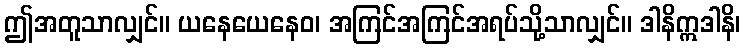
ဤအတူသာလျှင်။ ယနေယေနေဝ၊ အကြင်အကြင်အရပ်သို့သာလျှင်။ ဒါနိဣဒါနိ၊